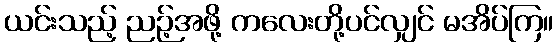
ယင်းသည့် ညဉ့်အဖို့ ကလေးတို့ပင်လျှင် မအိပ်ကြ။